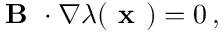
\begin{array} { r } { \textbf { B } \cdot \nabla \lambda ( \textbf { x } ) = 0 \, , } \end{array}